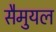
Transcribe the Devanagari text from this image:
सैमुयल